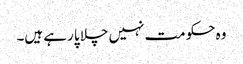
وہ حکومت نہیں چلا پا رہے ہیں۔